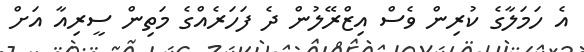
އެ ހަމަލާގެ ކުރިން ވެސް އިޒްރޭލުން ދެ ފަހަރެއްގެ މަތިން ސީރިއާ އަށް